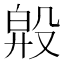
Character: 𣪞